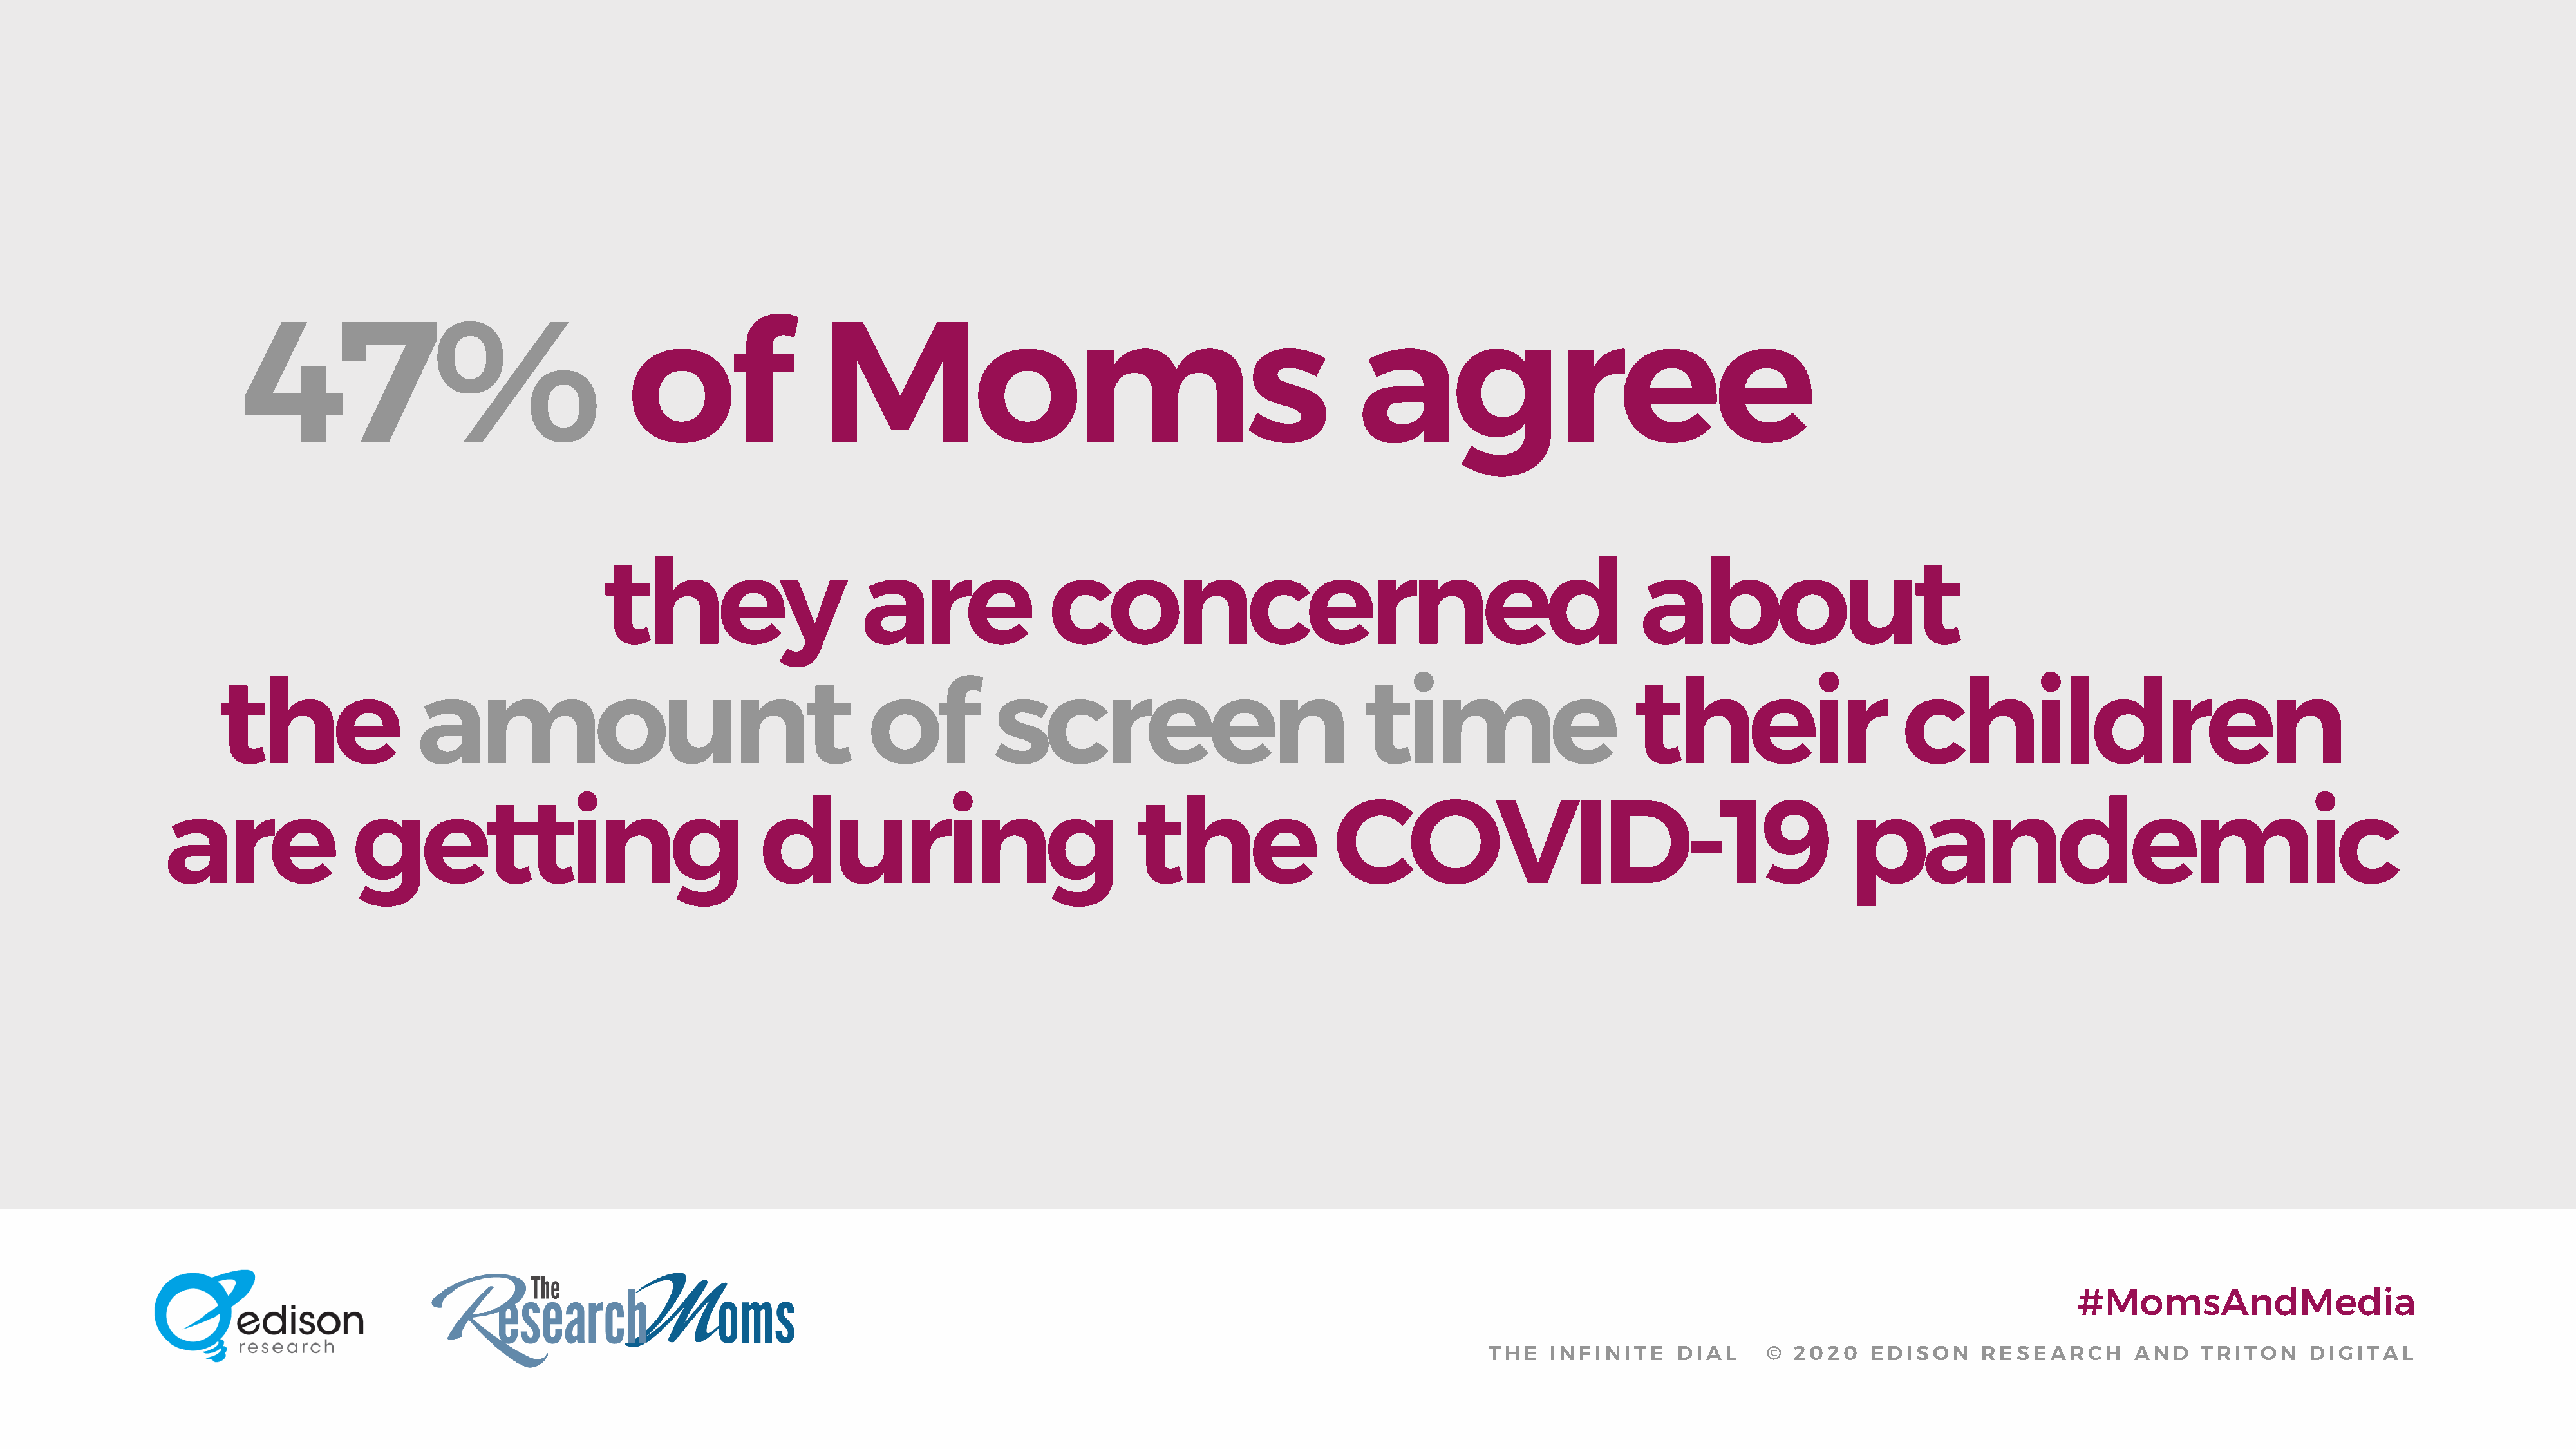
47%                                     of                 Moms                                                    agree
 they                      are                 concerned                                                    about
 the                  amount                                        of           screen                                time                        their                       children
 are                getting                                   during                                 the                 COVID-19                                             pandemic
 #MomsAndMedia
 THE   INFINITE     DIAL      © 2020    EDISON      RESEARCH       AND    TRITON     DIGITAL